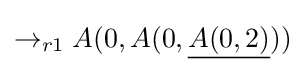
\rightarrow _{r1}A(0,A(0,{\underline {A(0,2)}}))